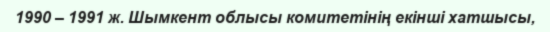
1990 – 1991 ж. Шымкент облысы комитетінің екінші хатшысы,